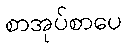
စာအုပ်စာပေ